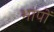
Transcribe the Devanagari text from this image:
भापों